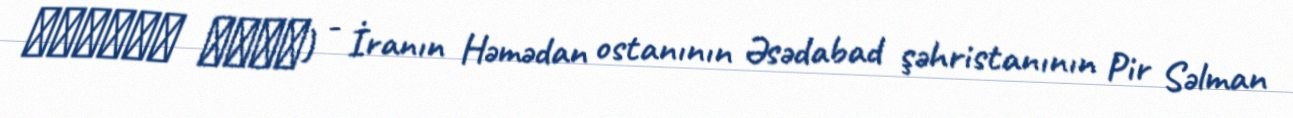
طویلان علیا) - İranın Həmədan ostanının Əsədabad şəhristanının Pir Səlman